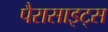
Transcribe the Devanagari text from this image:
पैरासाइट्स